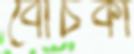
বোঁচকা